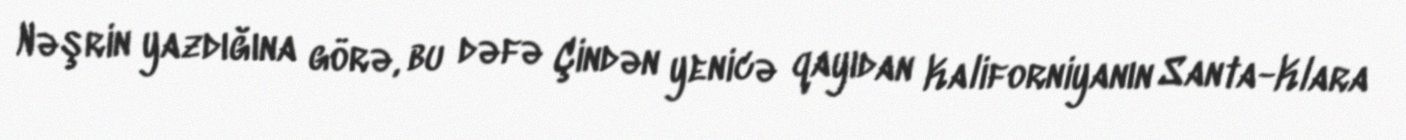
Nəşrin yazdığına görə, bu dəfə Çindən yenicə qayıdan Kaliforniyanın Santa-Klara